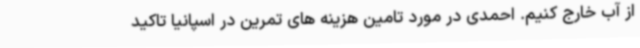
از آب خارج کنیم. احمدی در مورد تامین هزینه های تمرین در اسپانیا تاکید